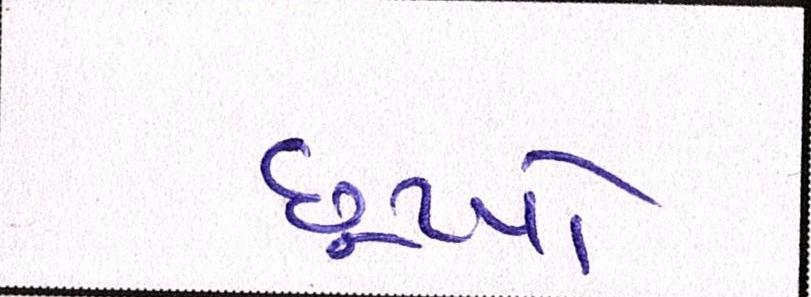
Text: છૂટયો